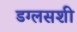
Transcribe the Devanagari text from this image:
डग्लसशी